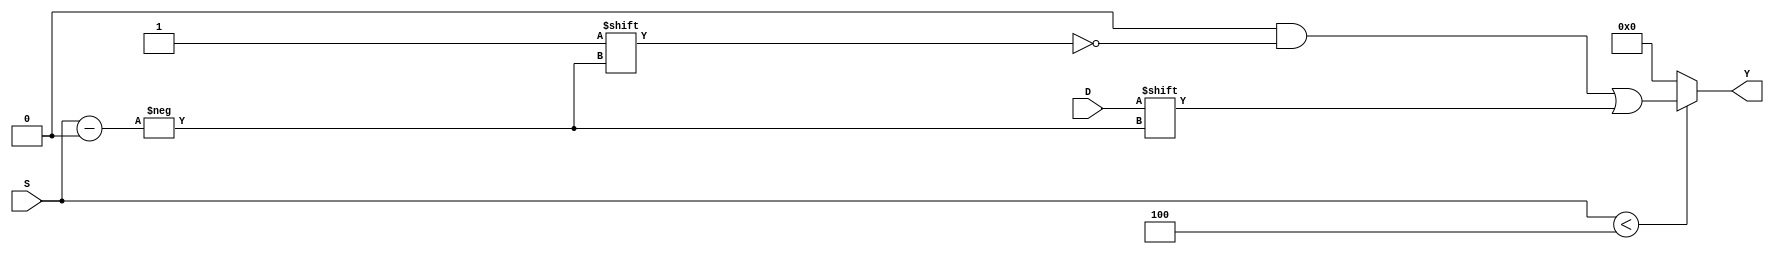
module ParameterizedDemux #(
    parameter N = 4 // Number of output lines
) (
    input wire D,                      // Data input
    input wire [$clog2(N)-1:0] S,     // Select lines
    output reg [N-1:0] Y               // Output lines
);

    // Always block to route the data input to the selected output line
    always @(*) begin
        // Initialize all output lines to 0
        Y = 0;
        
        // Check if the select lines are valid
        if (S < N) begin
            // Route data to the selected output line
            Y[S] = D;
        end
        // If S is out of range, Y remains zero (or undefined state)
    end

endmodule